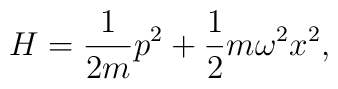
H = \frac{1}{2m} p^2 + \frac{1}{2}m\omega^2 x^2,